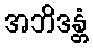
အဘိဒန္တံ